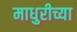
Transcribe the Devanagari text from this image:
माधुरीच्या